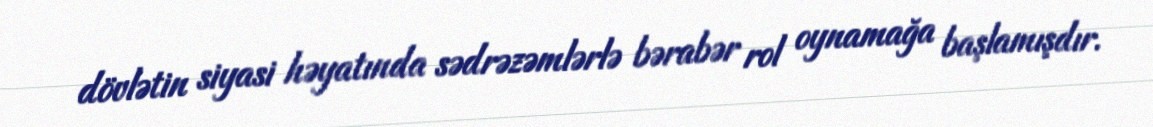
dövlətin siyasi həyatında sədrəzəmlərlə bərabər rol oynamağa başlamışdır.